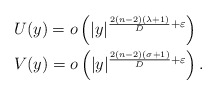
\begin{align*} &U(y)=o\left(|y|^{\frac{2(n-2)(\lambda+1)}{D}+\varepsilon}\right)\\ &V(y)=o\left(|y|^{\frac{2(n-2)(\sigma+1)}{D}+\varepsilon} \right). \end{align*}